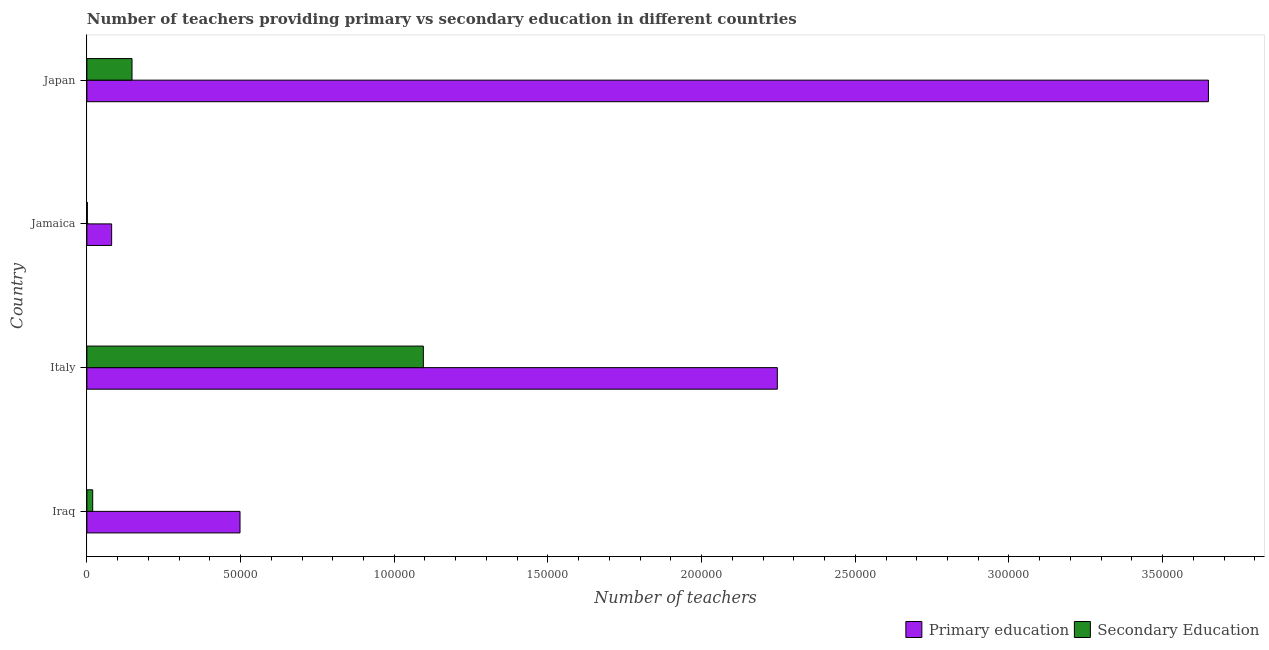
| Country | Primary education | Secondary Education |
 | --- | --- | --- |
 | Iraq | 4.98e+04 | 1.89e+03 |
 | Italy | 2.25e+05 | 1.09e+05 |
 | Jamaica | 8.05e+03 | 144 |
 | Japan | 3.65e+05 | 1.47e+04 |